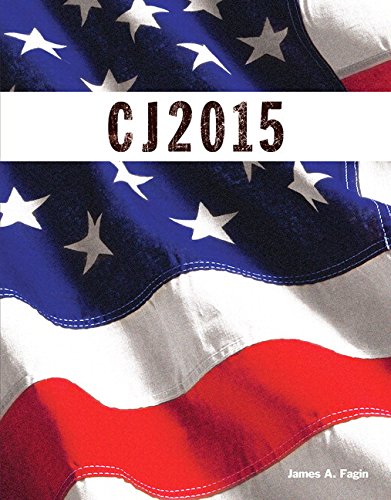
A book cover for CJ 2015, Student Value Edition; James A. Fagin; Law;